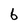
Character: b